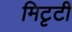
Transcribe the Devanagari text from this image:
मिटृटी